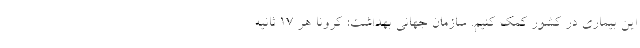
این بیماری در کشور کمک کنیم. سازمان جهانی بهداشت: کرونا هر 17 ثانیه